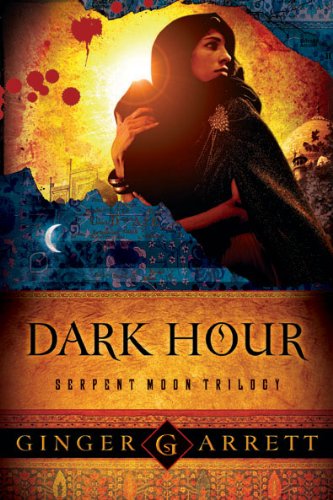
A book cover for Dark Hour (Serpent Moon Trilogy); Ginger Garrett; Christian Books & Bibles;